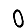
Digit: 0